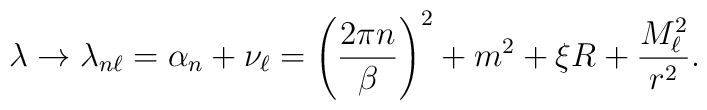
\lambda \rightarrow \lambda _{n\ell }=\alpha _{n}+\nu _{\ell }=\left(\frac{2\pi n}{\beta }\right)^{2}+m^{2}+\xi R+\frac{M_{\ell }^{2}}{r^{2}}.